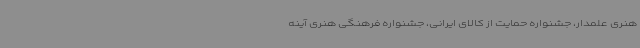
هنری علمدار، جشنواره حمایت از کالای ایرانی، جشنواره فرهنگی هنری آینه